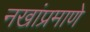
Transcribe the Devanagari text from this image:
नखांप्रमाणे